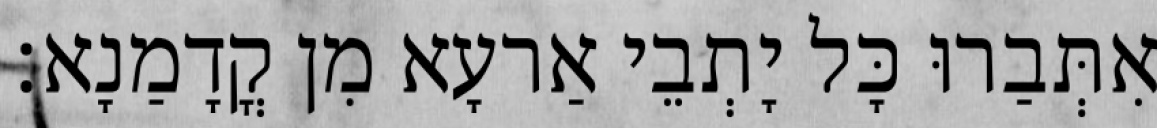
אִתְּבַרוּ כָּל יָתְבֵי אַרעָא מִן קֳדָמַנָא׃